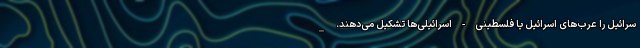
سرائیل را عرب‌های اسرائیل یا فلسطینی-اسرائیلی‌ها تشکیل می‌دهند. _